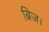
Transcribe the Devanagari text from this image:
ब्रिज।